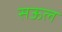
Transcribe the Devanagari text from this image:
सऊल